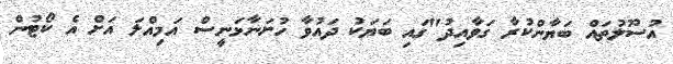
އުސޫލުތައް ބަޔާންކުރާ ގަވާއިދު"ގައި ބަޔަކު ދައުވާ ހުށަނާޅަނީސް އަމިއްލަ އަށް އެ ކޯޓުން